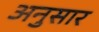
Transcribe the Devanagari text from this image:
अनुसार